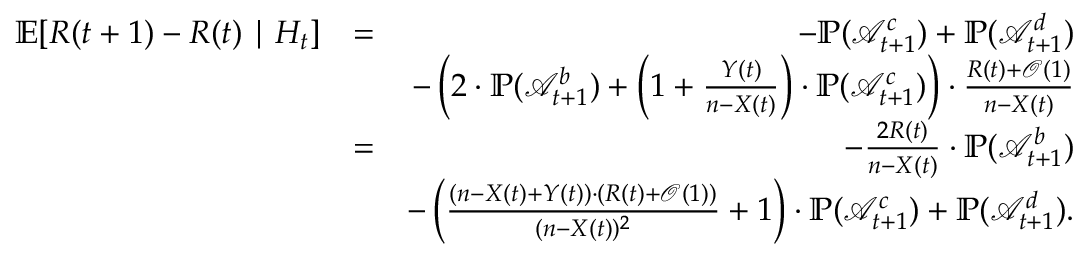
\begin{array} { r l r } { \mathbb E [ R ( t + 1 ) - R ( t ) \mid H _ { t } ] } & { = } & { - \mathbb { P } ( \mathcal { A } _ { t + 1 } ^ { c } ) + \mathbb { P } ( \mathcal { A } _ { t + 1 } ^ { d } ) } \\ & { } & { - \left( 2 \cdot \mathbb { P } ( \mathcal { A } _ { t + 1 } ^ { b } ) + \left( 1 + \frac { Y ( t ) } { n - X ( t ) } \right) \cdot \mathbb { P } ( \mathcal { A } _ { t + 1 } ^ { c } ) \right) \cdot \frac { R ( t ) + \mathcal { O } ( 1 ) } { n - X ( t ) } } \\ & { = } & { - \frac { 2 R ( t ) } { n - X ( t ) } \cdot \mathbb { P } ( \mathcal { A } _ { t + 1 } ^ { b } ) } \\ & { } & { - \left( \frac { ( n - X ( t ) + Y ( t ) ) \cdot ( R ( t ) + \mathcal { O } ( 1 ) ) } { ( n - X ( t ) ) ^ { 2 } } + 1 \right) \cdot \mathbb { P } ( \mathcal { A } _ { t + 1 } ^ { c } ) + \mathbb { P } ( \mathcal { A } _ { t + 1 } ^ { d } ) . } \end{array}